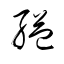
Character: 縊